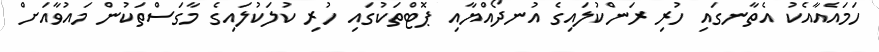
ހަމައެއާއެކު އެތާނގައި ހުރި ރަންކުލައިގެ އުނދޯއްޔާއި ޕޮޓްތަކުގައި ހުރި ކުލަކުލައިގެ މާގަސްތަކުން މައުވާއަށް